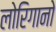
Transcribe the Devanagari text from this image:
लोरिगानो